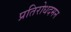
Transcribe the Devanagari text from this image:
प्रतिरोधदमन